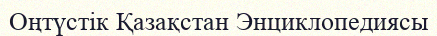
Оңтүстік Қазақстан Энциклопедиясы